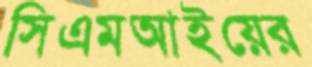
সিএমআইয়ের